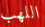
اللهب